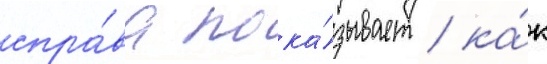
спра́ва пока́зывает / ка́к